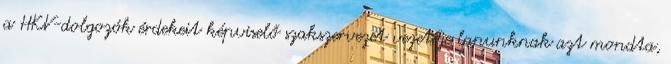
a HKV-dolgozók érdekeit képviselő szakszervezet vezetője lapunknak azt mondta,